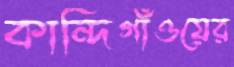
কান্দিগাঁওয়ের